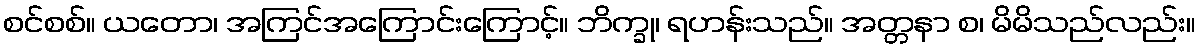
စင်စစ်။ ယတော၊ အကြင်အကြောင်းကြောင့်။ ဘိက္ခု၊ ရဟန်းသည်။ အတ္တနာ စ၊ မိမိသည်လည်း။